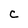
Character: C